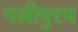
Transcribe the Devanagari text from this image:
गलीपुरम